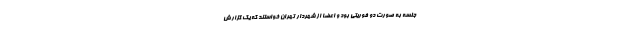
جلسه به صورت دو فوریتی بود و اعضا از شهردار تهران خواستند که یک گزارش